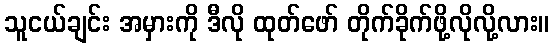
သူငယ်ချင်း အမှားကို ဒီလို ထုတ်ဖော် တိုက်ခိုက်ဖို့လိုလို့လား။